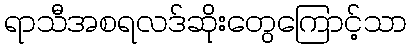
ရာသီအစရလဒ်ဆိုးတွေကြောင့်သာ